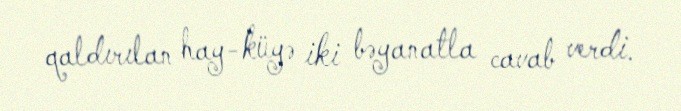
qaldırılan hay-küyə iki bəyanatla cavab verdi.